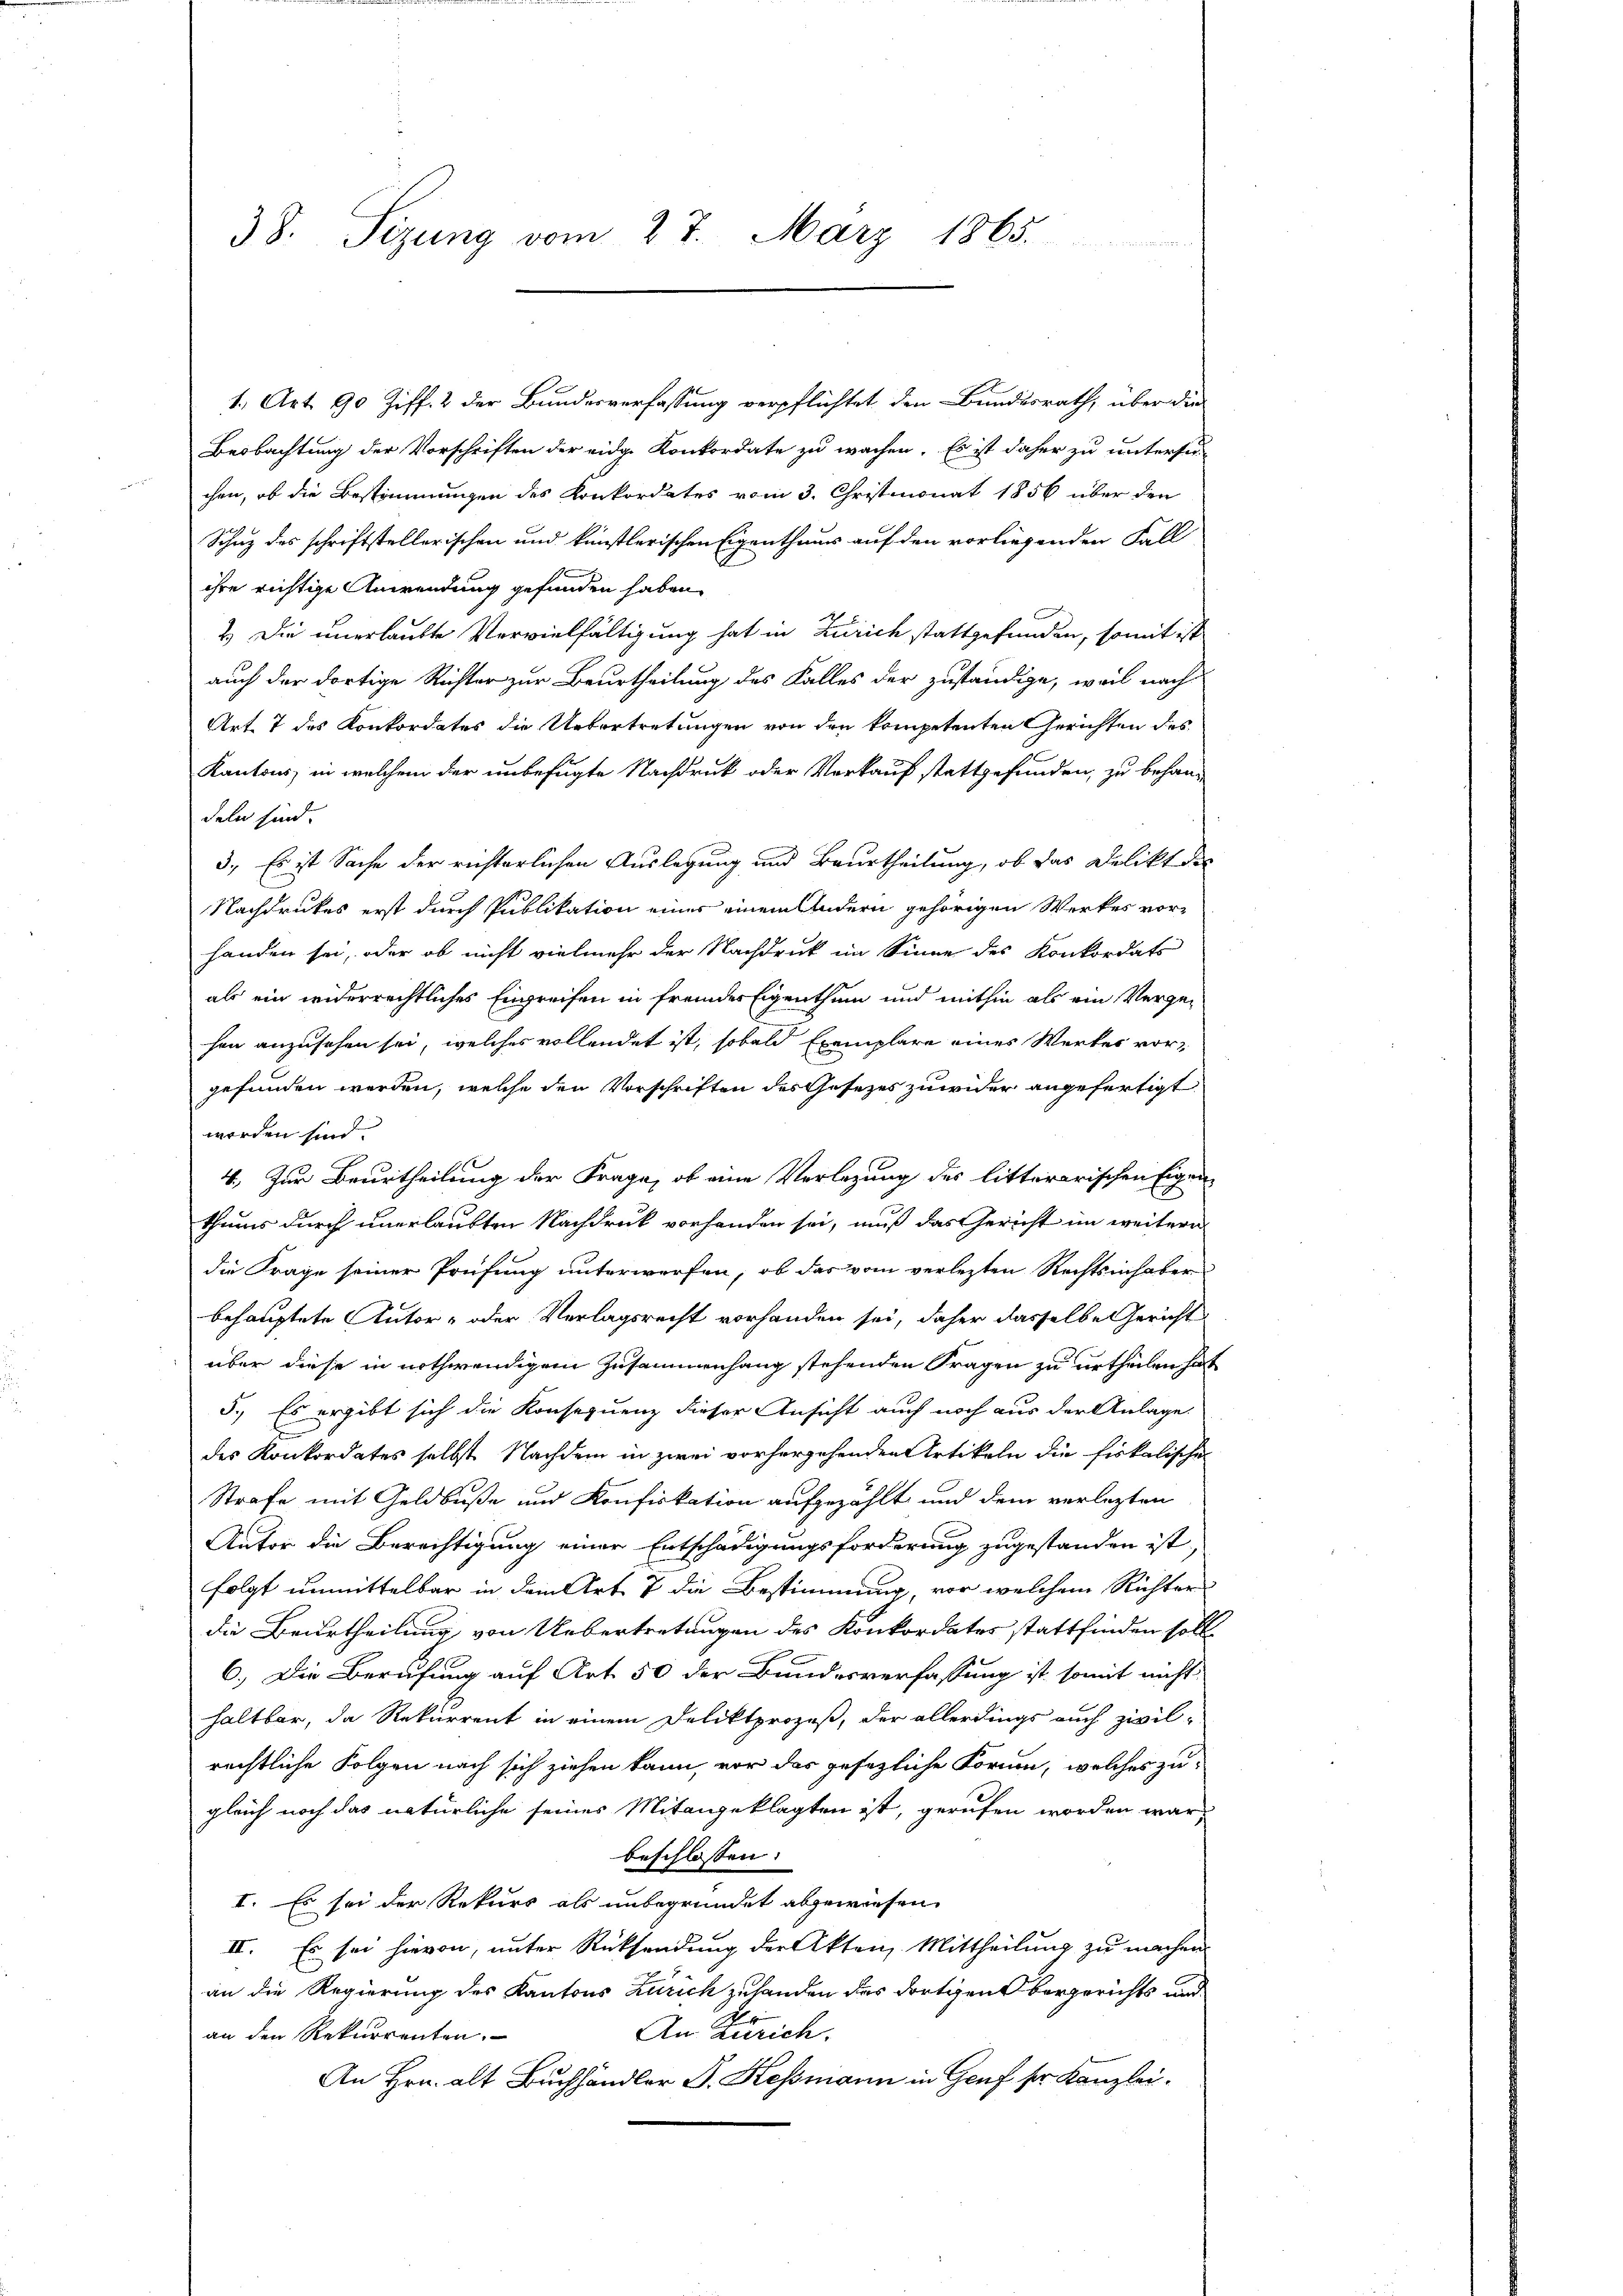
38. Sizung vom 27. März 1865.

1., Art. 90 Ziff. 2 der Bundesverfassung verpflichtet den Bundesrath, über die
Beobachtung der Vorschriften der eidg. Konkordate zu wachen. Es ist daher zu untersu-
chen, ob die Bestimmungen des Konkordates vom 3. Christmonat 1856 über den
Schuz des schriftstellerischen und künstlerischen Eigenthaus auf den vorliegenden Fall
ihre richtige Anwendung gefunden haben.
2.) Die unerlaubte Vervielfältigung hat in Zürich stattgefunden, somit ist
auch der dortige Richter zur Beurtheilung des Falles der zuständige, weil nach
Art 7 des Konkordates die Uebertretungen von den kompetenten Gerichten des
Kantons, in welchem der unbefügte Nachdruck oder Verkauf stattgefunden, zu behandeln sind.
3.) Es ist Sache der richterlichen Auslegung und Beurtheilung, ob das Delikt de
Nachdruckes erst durch Publikation eines einem Andern gehörigen Werkes vor-
handen sei, oder ob nicht vielmehr der Nachdruck im Sinne des Konkordats
als ein widerrechtliches Eingreifen in fremder Eigenthum und mithin als ein Vergehen anzusehen sei, welches vollendet ist, sobald Exemplare eines Werker vorgefunden werden, welche den Vorschriften des Gesezes zuwider angefertigt
werden sind.
4., Zur Beurtheilung der Frage, ob eine Verlegung des littererischen Eigen-
thums durch unerlaubten Nachdruck vorhanden sei, muß das Gericht im weitern
die Frage seiner Prüfung unterwerfen, ob das vom verlezten Rechtsinhaber
behauptete Autor- oder Verlagsrecht vorhanden sei, daher dasselbe Gericht
über diese in nothwendigem Zusammenhang stehenden Fragen zu urtheilen hat
5.) Es ergibt sich die Konsequenz dieser Ansicht auch noch aus der Anlage.
des Konkordates selbst Nachdem in zwei vorhergehenden Artikeln die fiskalische
Strafe mit Geldbuße und Konfiskation aufgezählt und dem verlezten
Antor die Berechtigung einer Entschädigungsforderung zugestanden ist
folgt unmittelbar in dem Art 7 die Bestimmung, vor welchem Richter
die Beurtheilung von Uebertretungen des Konkordates stattfinden soll
6.) Die Berufung auf Art. 50 der Bundesverfassung ist somit nicht
haltbar, da Rekurrent in einem Deliktprozeß, der allerdings auch zivil-
rechtliche Folgen nach sich ziehen kann, vor des gesezliche Formen, welches zu
gleich noch das natürliche seines Mitangeklagten ist, gerufen worden war,
beschlossen:
I. Es sei der Rekurs als unbegründet abgewiesen
IV. Es sei hievon, unter Rücksendung der Akten, Mittheilung zu machen
an die Regierung des Kantons Zürich zuhanden des dortigen Bergerichts und
An Zürich.
an den Rekurrenten.
An Hrn. alt Buchhändler B. Hessmann in Genf sr Kanzlei.